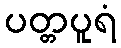
ပတ္တပူရံ